Document type: Sale
Year: 1439
Scribe: Arnau d'Illes
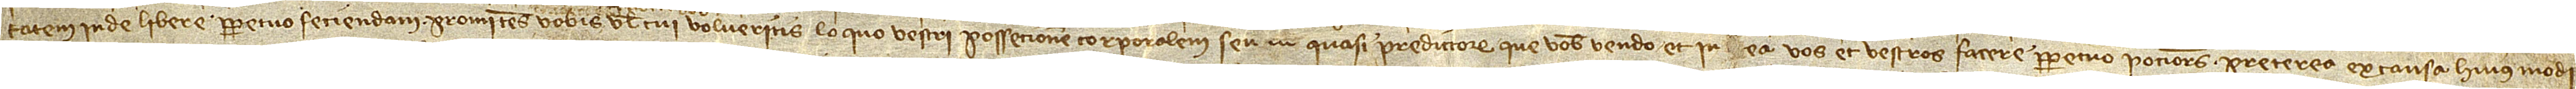
tatem inde libere perpetuo feciendam. Promitens vobis vel cui volueritis loquo vestri possecionem corporalem seu  quasi predictorum que vobis vendo et in ea vos et vestros facere perpetuo pociores. Preterea ex causa huiusmodi